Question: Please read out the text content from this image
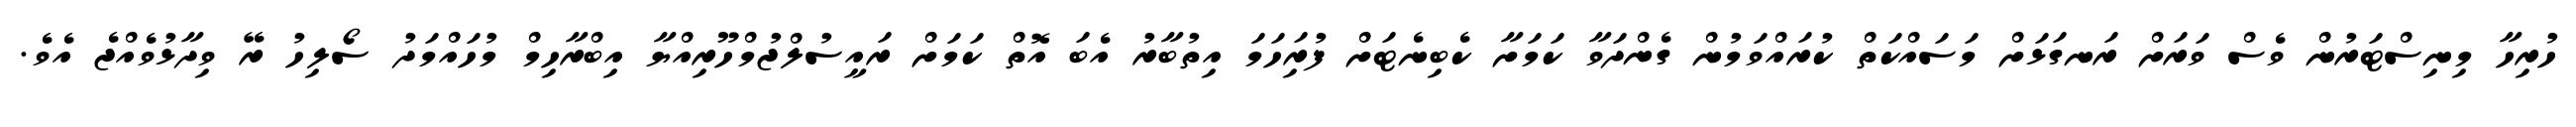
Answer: ހުރިހާ މިނިސްޓަރުން ވެސް ވަރަށް ރަނގަޅަށް މަސައްކަތް ކުރައްވަމުން ގެންދަވާ ކަމަށާ ކެބިނެޓަށް ފުރިަހަމަ އިތުބާރު އެބަ އޮތް ކަމަށް ރައީސުލްޖުމްހޫރިއްޔާ އިބްރާހިމް މުހައްމަދު ސޯލިހު ރޭ ވިދާޅުވެއްޖެ އެވެ.